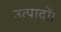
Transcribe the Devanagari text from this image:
उत्पादों।